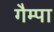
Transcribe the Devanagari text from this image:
गैम्पा